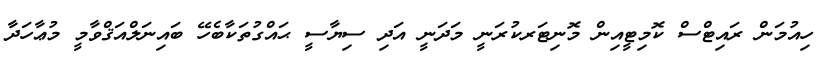
ހިއުމަން ރައިޓްސް ކޮމިޓީއިން މޮނިޓަރކުރަނީ މަދަނީ އަދި ސިޔާސީ ޙައްގުތަކާބެހޭ ބައިނަލްއަޤްވާމީ މުޢާހަދާ